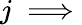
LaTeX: j\implies